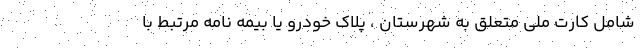
شامل کارت ملی متعلق به شهرستان ، پلاک خودرو یا بیمه نامه مرتبط با